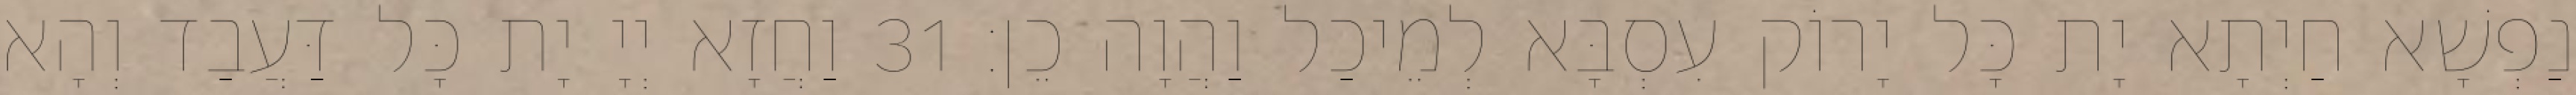
נַפְשָׁא חַיְתָא יָת כָּל יָרוֹק עִסְבָּא לְמֵיכַל וַהֲוָה כֵן׃ 31 וַחֲזָא יְיָ יָת כָּל דַּעֲבַד וְהָא